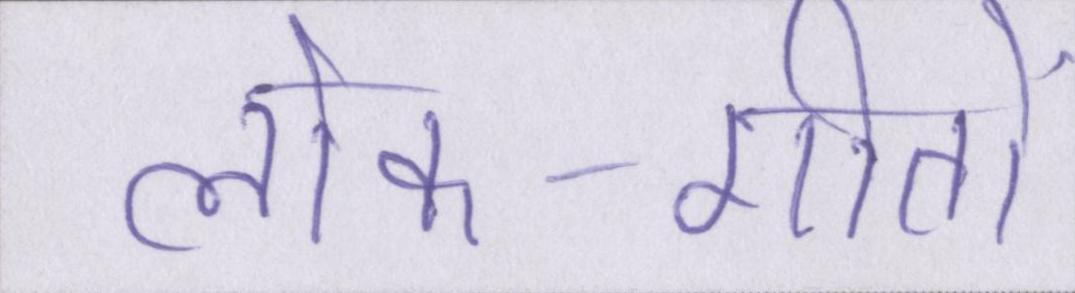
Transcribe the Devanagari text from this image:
लोक-गीतों